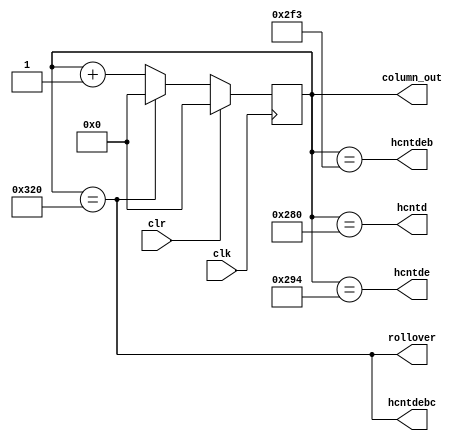
`timescale 1ns / 1ps
//////////////////////////////////////////////////////////////////////////////////
// Company: 
// Engineer: 
// 
// Design Name: 
// Module Name: suryah
// Project Name: 
// Target Devices: 
// Tool Versions: 
// Description: 
// 
// Dependencies: 
// 
// Revision:
// Revision 0.01 - File Created
// Additional Comments:
// 
//////////////////////////////////////////////////////////////////////////////////


module suryah(clk,clr,hcntd,hcntde,hcntdeb,hcntdebc,rollover,column_out);
input clk,clr;
output hcntd,hcntde,hcntdeb,hcntdebc,rollover;
output reg [9:0] column_out;
reg [19:0] column_out_ns;
//output reg [9:0] column_out;
//reg [9:0] column_out_ns;
always@(posedge clk)
begin
if(clr)
column_out <= 10'b0;
else 
column_out <= column_out_ns;
end
always@(column_out)
begin
if(column_out == 800)
column_out_ns = 10'b0;
else
column_out_ns = column_out  + 10'b1;
end
assign hcntd = column_out == 640;
assign hcntde = column_out == 660;
assign hcntdeb = column_out == 755;
assign hcntdebc = column_out == 800;
assign rollover = column_out == 800;
/*assign hcntd = column_out == 1920;
assign hcntde = column_out == 1940;
assign hcntdeb = column_out == 1870;
assign hcntdebc = column_out == 2400;
assign rollover = column_out == 2400;
*/endmodule